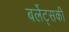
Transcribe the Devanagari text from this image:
बर्लेट्सकी